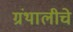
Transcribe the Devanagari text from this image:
ग्रंथालीचे